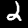
Label: 2